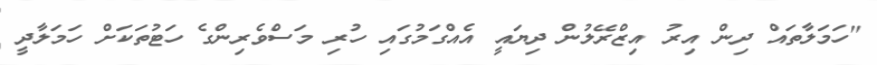
"ހަމަލާތައް ދިން އިރު އިޒްރޭލުން ދިޔައީ އެއްގަމުގައި ހުރި މަސްވެރިންގެ ހަޓުތަކަށް ހަމަލާދީ